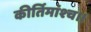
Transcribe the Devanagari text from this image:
कीर्तिमांश्च।।